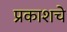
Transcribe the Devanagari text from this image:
प्रकाशचे